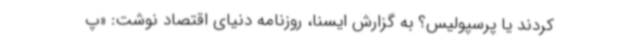
کردند یا پرسپولیس؟ به گزارش ایسنا، روزنامه دنیای‌ اقتصاد نوشت: «پ